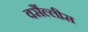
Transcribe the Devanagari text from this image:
वर्सैल्लीस